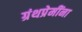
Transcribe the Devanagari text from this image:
ग्रंथप्रेमींना